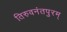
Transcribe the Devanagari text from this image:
तिरुवनंतपुरम्‌